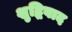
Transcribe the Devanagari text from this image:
शुद्धिवाद